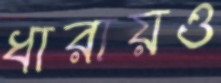
ধারায়ও